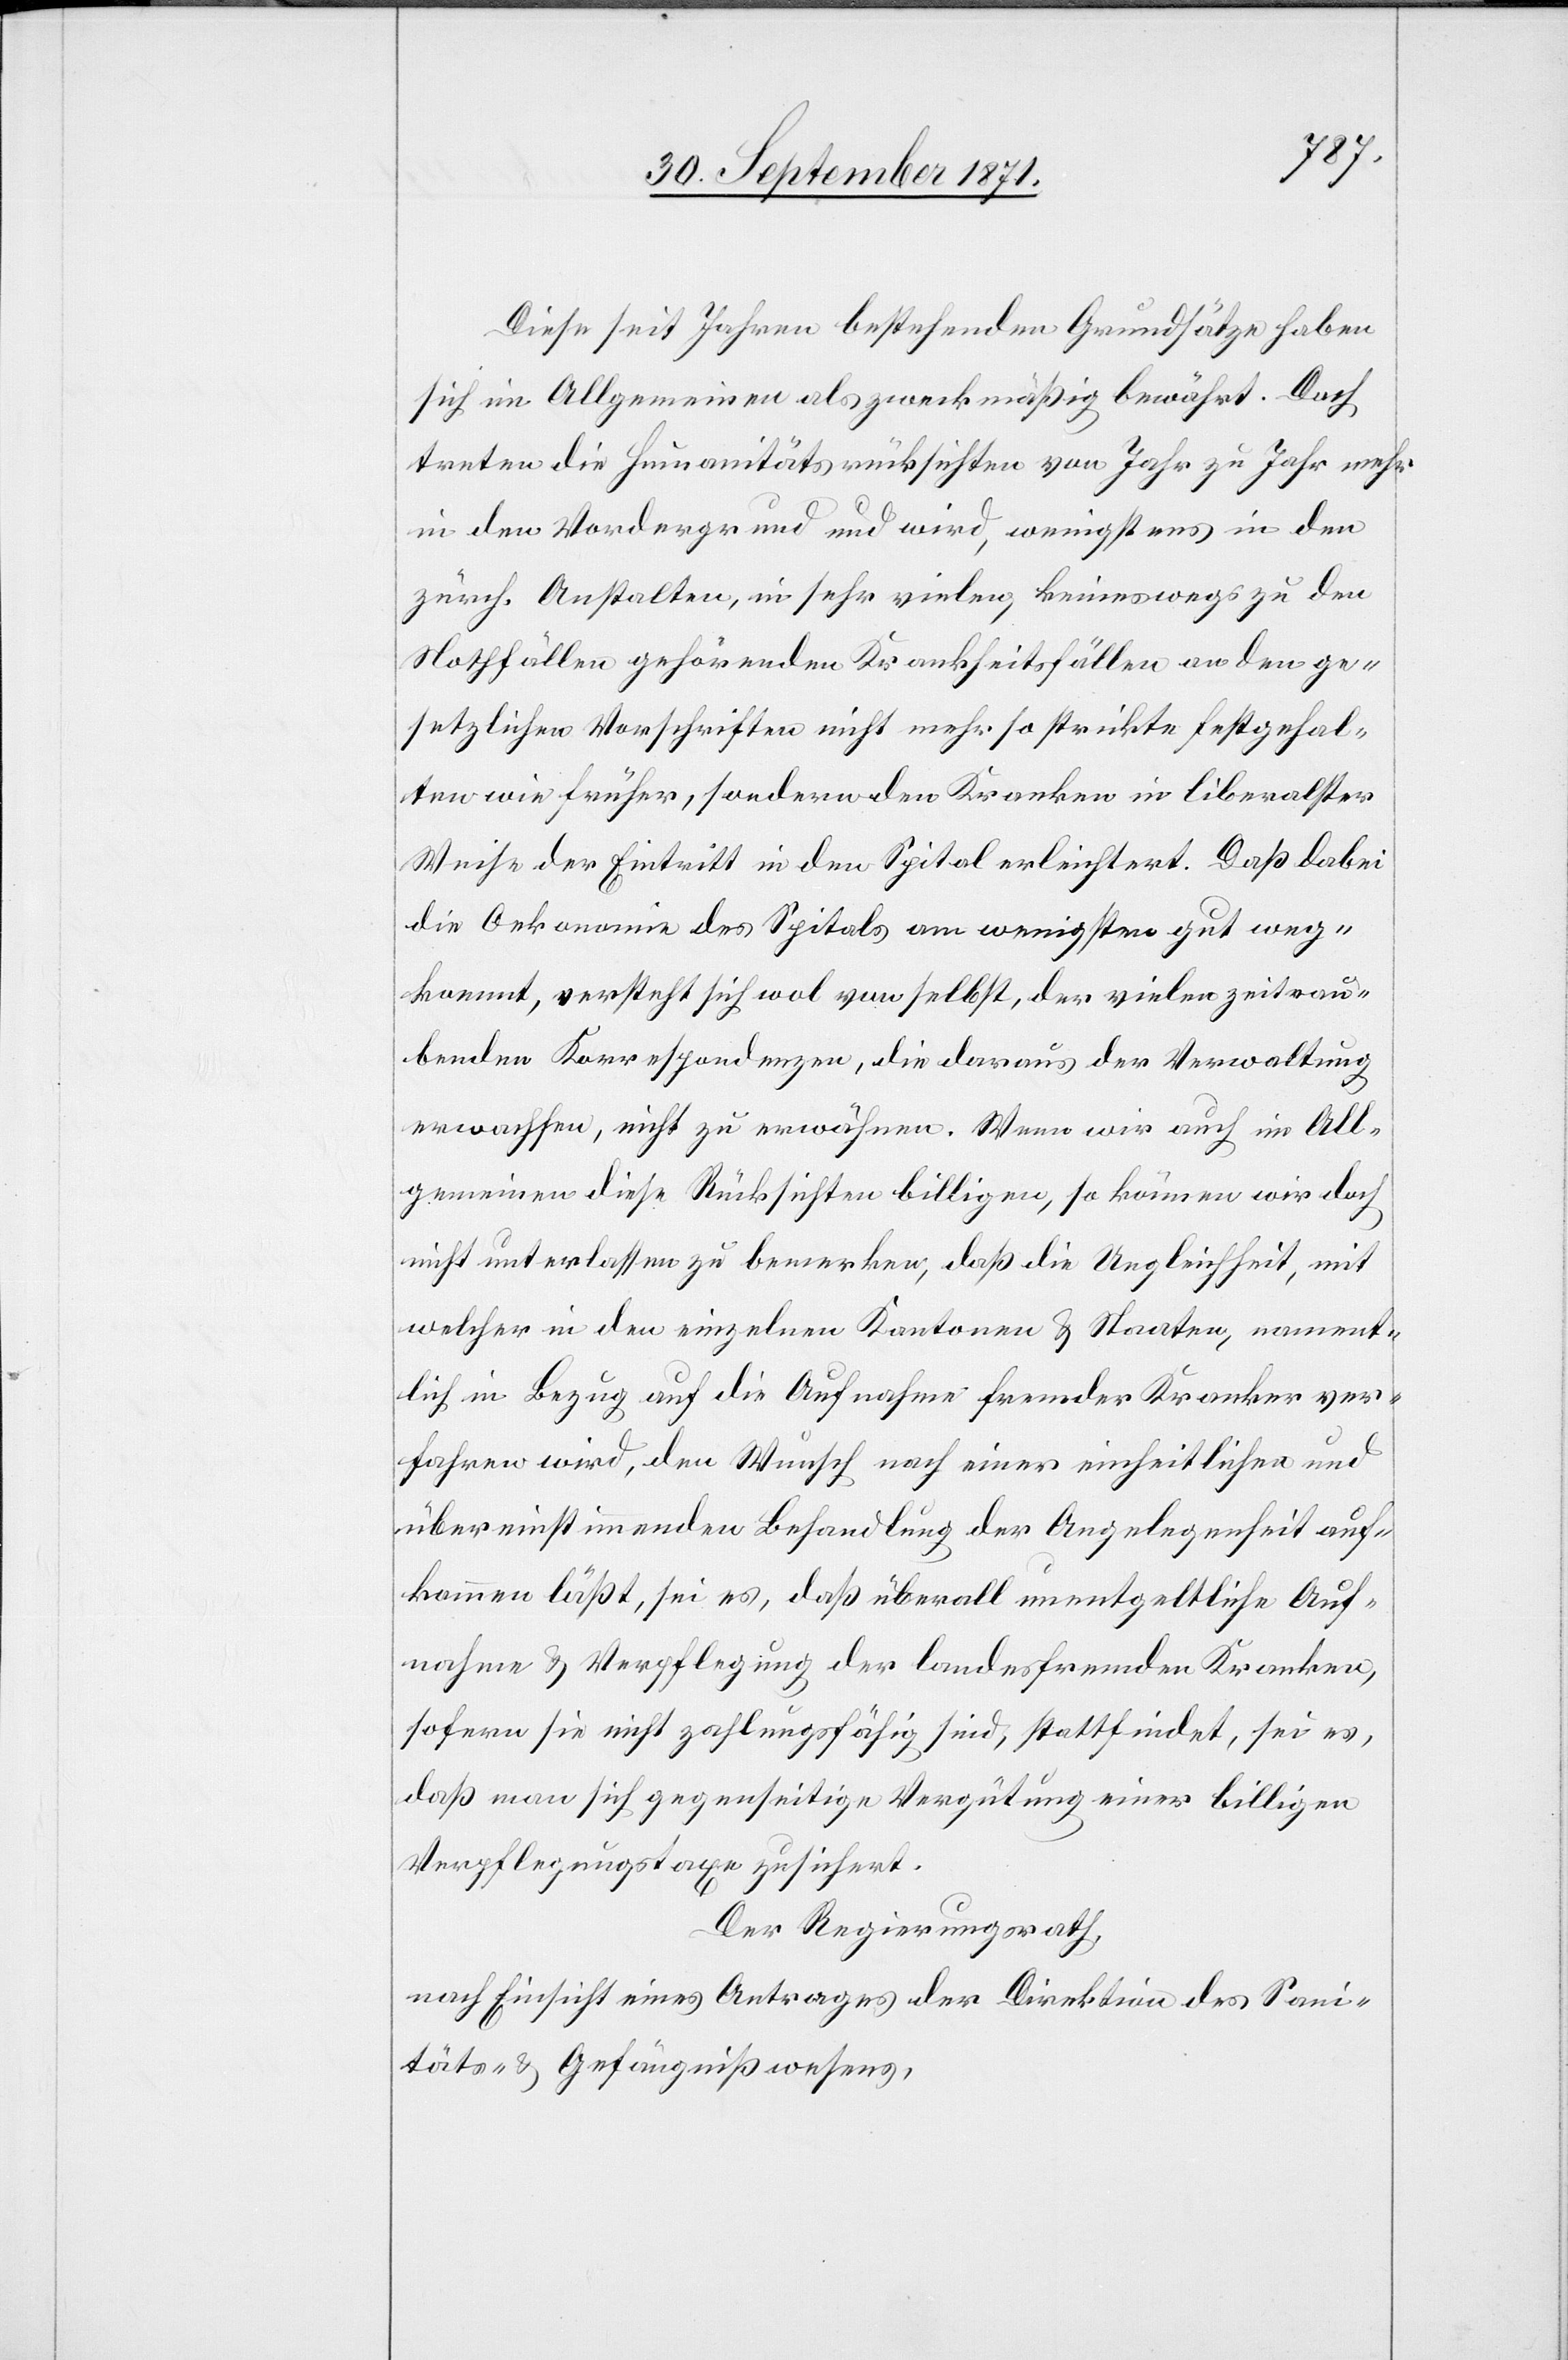
Diese seit Jahren bestehenden Grundsätze haben
sich im Allgemeinen als zweckmäßig bewährt. Doch
treten die Humanitätsrücksichten von Jahr zu Jahr mehr
in den Vordergrund und wird, wenigstens in den
zürch. Anstalten, in sehr vielen, keineswegs zu den
Nothfällen gehörenden Krankheitsfällen an den ge¬
setzlichen Vorschriften nicht mehr so strikte festgehal¬
ten wie früher, sondern den Kranken in liberalster
Weise der Eintritt in den Spital erleichtert. Daß dabei
die Oekonomie des Spitals am wenigsten gut weg¬
kommt, versteht sich wol von selbst, der vielen zeitrau¬
benden Korrespondenzen, die daraus der Verwaltung
erwachsen, nicht zu erwähnen. Wenn wir auch im All¬
gemeinen diese Rücksichten billigen, so können wir doch
nicht unterlassen zu bemerken, daß die Ungleichheit, mit
welcher in den einzelnen Kantonen & Staaten, nament¬
lich in Bezug auf die Aufnahme fremder Kranker ver¬
fahren wird, den Wunsch nach einer einheitlichen und
übereinstimmenden Behandlung der Angelegenheit auf¬
kommen läßt, sei es, daß überall unentgeltliche Auf¬
nahme & Verpflegung der landesfremden Kranken,
sofern sie nicht zahlungsfähig sind, stattfindet, sei es,
daß man sich gegenseitige Vergütung einer billigen
Verpflegungstaxe zusichert.
Der Regierungsrath,
nach Einsicht eines Antrages der Direktion des Sani¬
täts- & Gefängnißwesens,